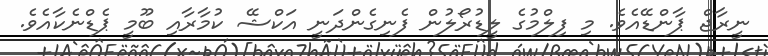
ނީރާޖް ޕާންޑޭއެވެ. މި ފިލްމުގެ ލީޑުރޯލުން ފެނިގެންދަނީ އަކްޝޭ ކުމާރާއި ބޫމީ ޕެޑްނެކާއެވެ.